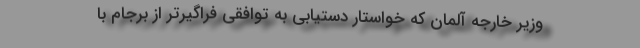
وزیر خارجه آلمان که خواستار دستیابی به توافقی فراگیرتر از برجام با